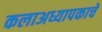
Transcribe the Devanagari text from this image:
कलाअध्यापकाचे